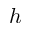
h